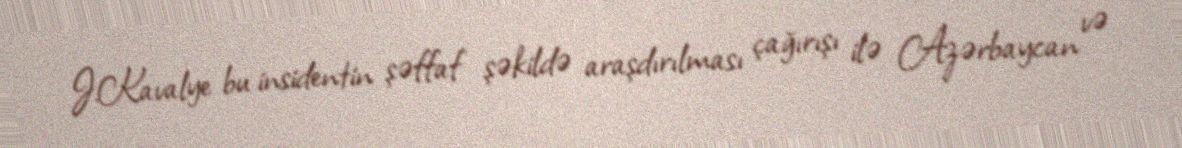
J.Kavalye bu insidentin şəffaf şəkildə araşdırılması çağırışı ilə Azərbaycan və